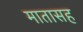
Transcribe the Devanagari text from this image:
मातासह